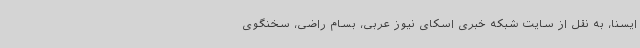
ایسنا، به نقل از سایت شبکه خبری اسکای نیوز عربی، بسام راضی، سخنگوی